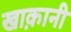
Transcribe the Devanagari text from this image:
खाक़ानी